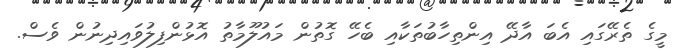
މީގެ ތެރޭގައި އެބަ އާދޭ އިންތިހާބުތަކާއި ބެހޭ ގޮތުން މައުލޫމާތު އޮޅުންފިލުވައިދިނުން ވެސް.